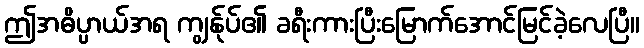
ဤအဓိပ္ပာယ်အရ ကျွန်ုပ်၏ ခရီးကားပြီးမြောက်အောင်မြင်ခဲ့လေပြီ။